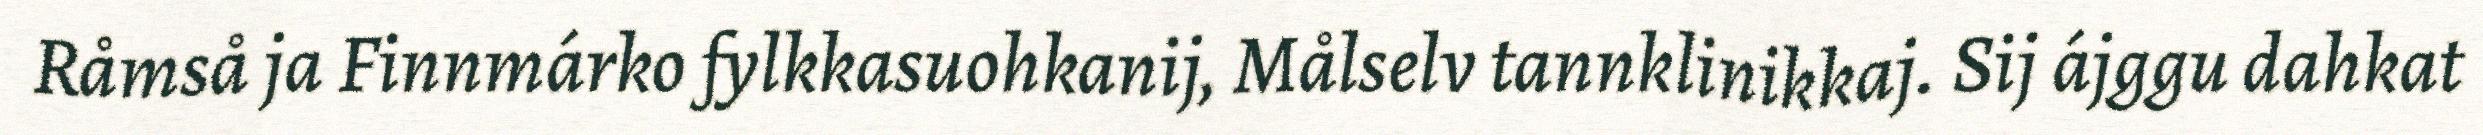
Råmså ja Finnmárko fylkkasuohkanij, Målselv tannklinikkaj. Sij ájggu dahkat